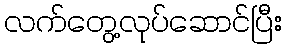
လက်တွေ့လုပ်ဆောင်ပြီး